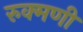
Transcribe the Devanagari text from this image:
रुक्‍मणी